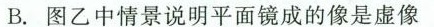
B.图乙中情景说明平面镜成的像是虚像